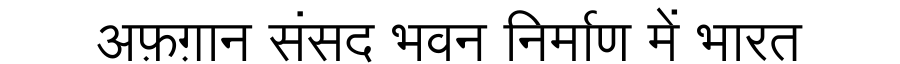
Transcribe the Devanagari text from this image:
अफ़ग़ान संसद भवन निर्माण में भारत